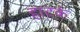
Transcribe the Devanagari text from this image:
हाटकं